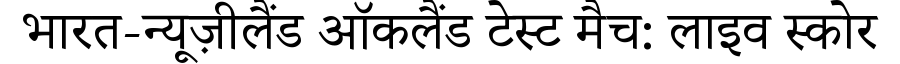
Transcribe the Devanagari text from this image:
भारत-न्यूज़ीलैंड ऑकलैंड टेस्ट मैच: लाइव स्कोर